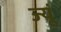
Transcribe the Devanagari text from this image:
ज्यूं